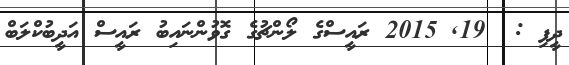
ދީފި :  19